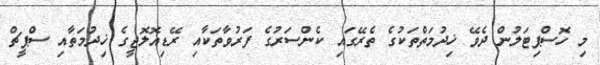
މި ހޮސްޕިޓަލުން ދެވޭ ޚިދުމަތްތަކުގެ ތެރޭގައި ކެންސަރުގެ ފަރުވާތަކާއި ރޭޑިއޮލޮޖީގެ ޚިދުމަތާއި ސްޕީޗް